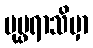
ပုပ္ဖရာသိမှာ